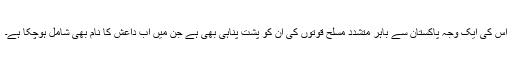
اس کی ایک وجہ پاکستان سے باہر متشدد مسلح قوتوں کی ان کو پشت پناہی بھی ہے جن میں اب داعش کا نام بھی شامل ہوچکا ہے۔